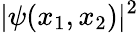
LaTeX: |\psi(x_{1},x_{2})|^{2}